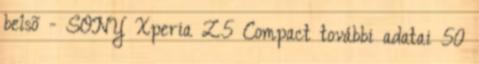
belsõ - SONY Xperia Z5 Compact további adatai 50